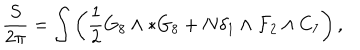
LaTeX: \frac { S } { 2 \pi } = \int \left( \frac { 1 } { 2 } G _ { 8 } \wedge * G _ { 8 } + N \delta _ { 1 } \wedge { \cal F } _ { 2 } \wedge C _ { 7 } \right) ,